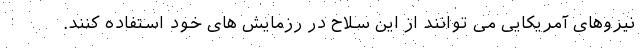
نیروهای آمریکایی می توانند از این سلاح در رزمایش های خود استفاده کنند.